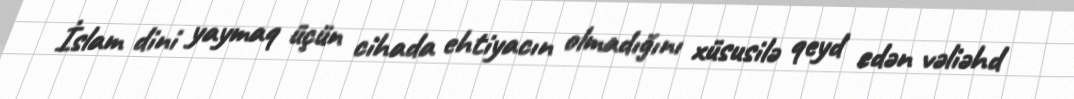
İslam dini yaymaq üçün cihada ehtiyacın olmadığını xüsusilə qeyd edən vəliəhd